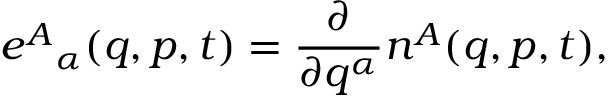
e ^ { A } { } _ { \alpha } ( q , p , t ) = \frac { \partial } { \partial q ^ { \alpha } } n ^ { A } ( q , p , t ) ,